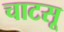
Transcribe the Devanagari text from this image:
चाटसू